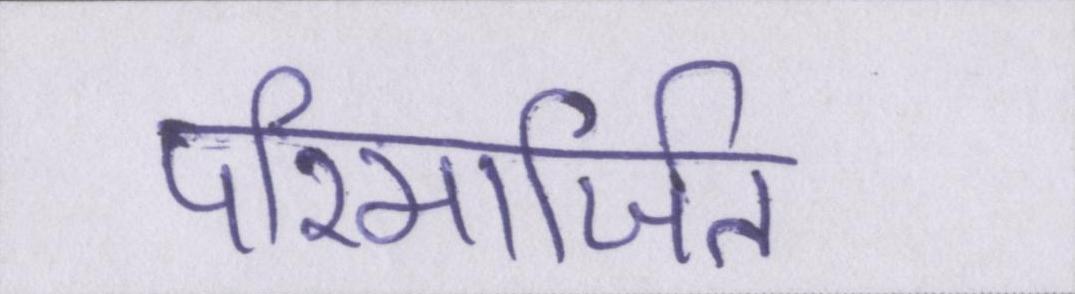
परिमार्जित